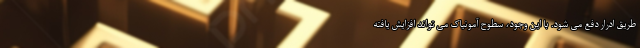
طریق ادرار دفع می شود. با این وجود، سطوح آمونیاک می تواند افزایش یافته